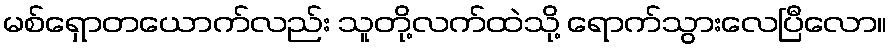
မစ်ရှောတယောက်လည်း သူတို့လက်ထဲသို့ ရောက်သွားလေပြီလော။